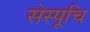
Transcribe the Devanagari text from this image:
सेस्पूचि